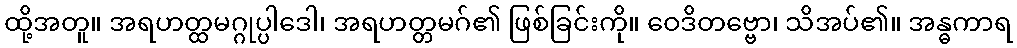
ထို့အတူ။ အရဟတ္ထမဂ္ဂုပ္ပါဒေါ၊ အရဟတ္တမဂ်၏ ဖြစ်ခြင်းကို။ ဝေဒိတဗ္ဗော၊ သိအပ်၏။ အန္ဓကာရ